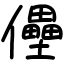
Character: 㒦